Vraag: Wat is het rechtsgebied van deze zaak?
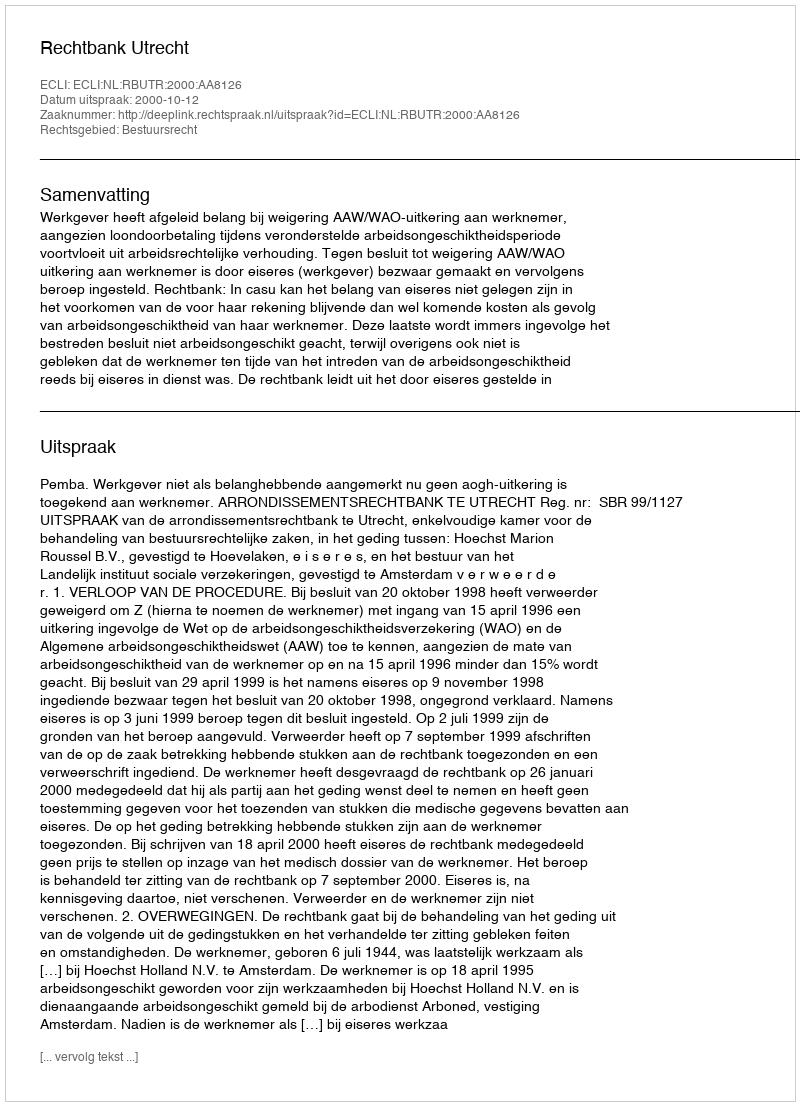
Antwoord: Bestuursrecht